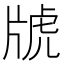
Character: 𤗑